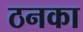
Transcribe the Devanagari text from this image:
ठनका